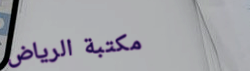
مكتبة الرياض